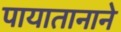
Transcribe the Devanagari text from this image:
पायातानाने